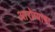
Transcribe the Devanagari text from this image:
आरोग्याचा